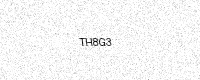
Text: TH8G3